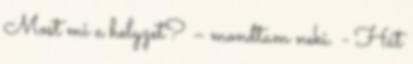
Most mi a helyzet? – mondtam neki. - Hát